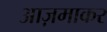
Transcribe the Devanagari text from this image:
आज़माकर